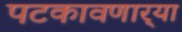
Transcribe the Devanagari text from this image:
पटकावणार्‍या